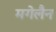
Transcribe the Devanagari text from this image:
मगेलैन